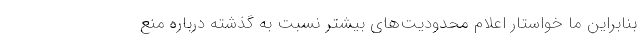
بنابراین ما خواستار اعلام محدودیت‌های بیشتر نسبت به گذشته درباره منع